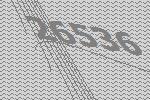
26536